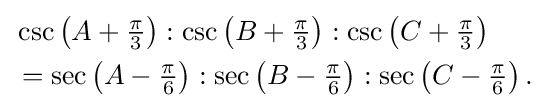
{\begin{aligned}&\csc \left(A+{\tfrac {\pi }{3}}\right):\csc \left(B+{\tfrac {\pi }{3}}\right):\csc \left(C+{\tfrac {\pi }{3}}\right)\\&=\sec \left(A-{\tfrac {\pi }{6}}\right):\sec \left(B-{\tfrac {\pi }{6}}\right):\sec \left(C-{\tfrac {\pi }{6}}\right).\end{aligned}}